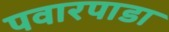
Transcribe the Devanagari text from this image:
पवारपाडा